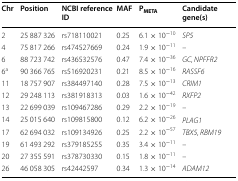
| Chr | Position | NCBI reference ID | MAF | PMETA | Candidate gene(s) |
 | --- | --- | --- | --- | --- | --- |
 | 2 | 25 887 326 | rs718110021 | 0.25 | 6.1 × 10−10 | SP5 |
 | 4 | 75 817 266 | rs474527669 | 0.24 | 1.9 × 10−11 | – |
 | 6 | 88 723 742 | rs436532576 | 0.47 | 7.4 × 10−36 | GC, NPFFR2 |
 | 6a | 90 366 765 | rs516920231 | 0.21 | 8.5 × 10−16 | RASSF6 |
 | 11 | 18 757 907 | rs384497140 | 0.28 | 7.5 × 10−13 | CRIM1 |
 | 12 | 29 248 113 | rs381918313 | 0.03 | 1.6 × 10−42 | RXFP2 |
 | 13 | 22 699 039 | rs109467286 | 0.29 | 2.2 × 10−19 | – |
 | 14 | 25 015 640 | rs109815800 | 0.12 | 6.2 × 10−26 | PLAG1 |
 | 17 | 62 694 032 | rs109134926 | 0.25 | 2.2 × 10−57 | TBX5, RBM19 |
 | 19 | 61 493 292 | rs379185255 | 0.35 | 3.4 × 10−11 | – |
 | 20 | 27 355 591 | rs378730330 | 0.15 | 1.8 × 10−11 | – |
 | 26 | 46 058 305 | rs42442597 | 0.34 | 1.3 × 10−14 | ADAM12 |